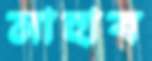
মাহাব